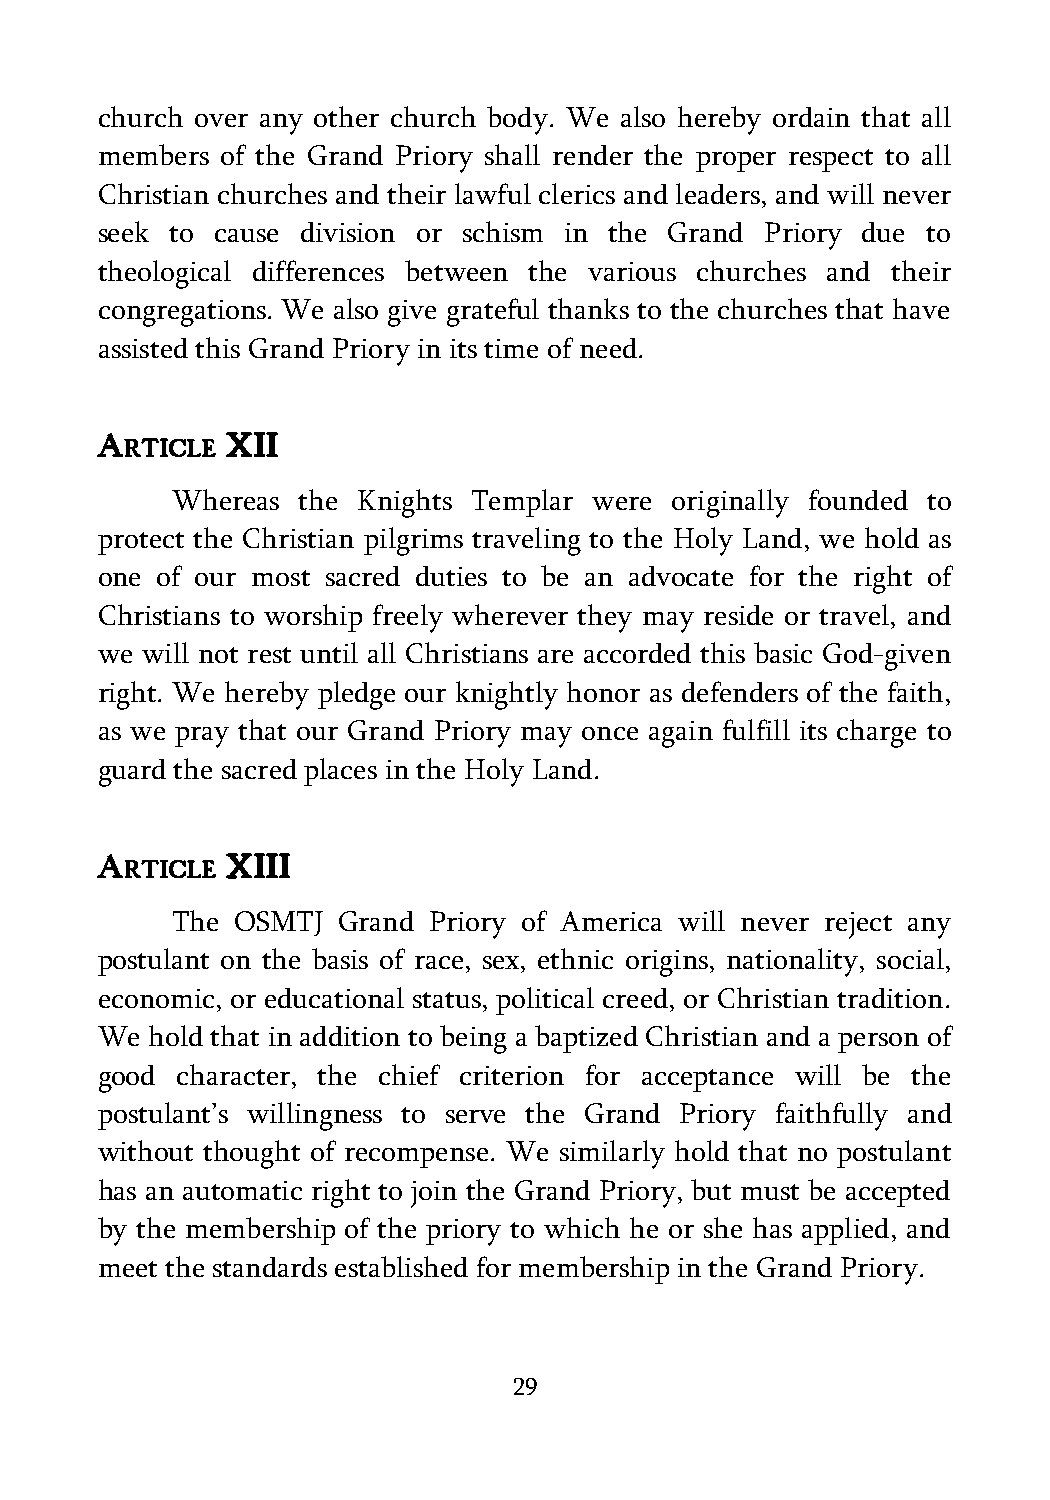
church over any other church body. We also hereby ordain that all
 members  of the Grand Priory shall render the proper respect to all
 Christian churches and their lawful clerics and leaders, and will never
 seek to cause division or schism in the Grand Priory due to
 theological differences between the various churches and their
 congregations. We also give grateful thanks to the churches that have
 assisted this Grand Priory in its time of need.
 A        XII
 RTICLE
 Whereas  the Knights Templar were originally founded to
 protect the Christian pilgrims traveling to the Holy Land, we hold as
 one of our most sacred duties to be an advocate for the right of
 Christians to worship freely wherever they may reside or travel, and
 we will not rest until all Christians are accorded this basic God-given
 right. We hereby pledge our knightly honor as defenders of the faith,
 as we pray that our Grand Priory may once again fulfill its charge to
 guard the sacred places in the Holy Land.
 A        XIII
 RTICLE
 The OSMTJ  Grand Priory of America will never reject any
 postulant on the basis of race, sex, ethnic origins, nationality, social,
 economic, or educational status, political creed, or Christian tradition.
 We  hold that in addition to being a baptized Christian and a person of
 good  character, the chief criterion for acceptance will be the
 postulant’s willingness to serve the Grand Priory faithfully and
 without thought of recompense. We similarly hold that no postulant
 has an automatic right to join the Grand Priory, but must be accepted
 by the membership of the priory to which he or she has applied, and
 meet the standards established for membership in the Grand Priory.
 29